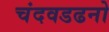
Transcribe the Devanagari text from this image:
चंदवडढनो